Leaving Certificate Examination, 1918
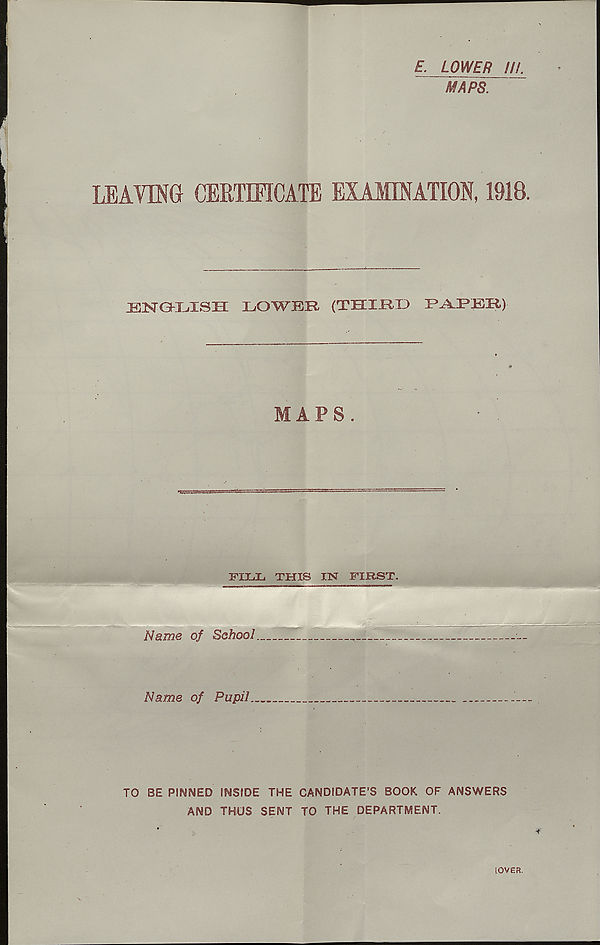
E. LOWER III.
MAPS.
LEAVING CERTIFICATE EXAMINATION, 1918,
JENGHjISH LOWER (THIRD PARER)
MAPS.
FILL THIS IN FIKST.
'
Name of Pupil
TO BE PINNED INSIDE THE CANDIDATE’S BOOK OF ANSWERS
AND THUS SENT TO THE DEPARTMENT.
(OVER.